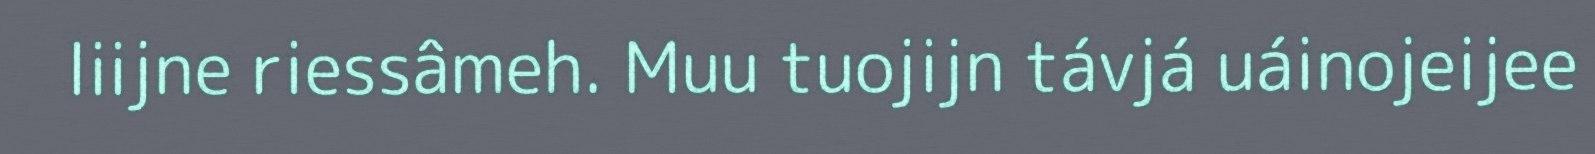
liijne riessâmeh. Muu tuojijn távjá uáinojeijee